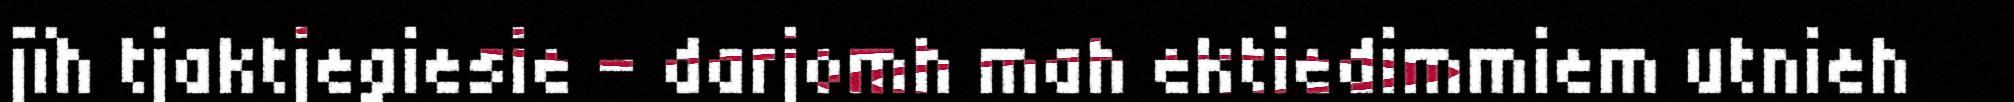
jïh tjaktjegiesie – darjomh mah ektiedimmiem utnieh